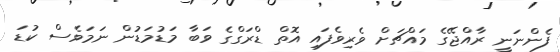
ފެންނަނީ ރާއްޖޭގެ މައްޗަށް ވެރިވެފައި އޮތް ޑްރަގްގެ ވަބާ މަޑުމަޑުން ނަމަވެސް ކުޑަ